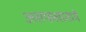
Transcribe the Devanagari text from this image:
असफलातायें